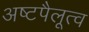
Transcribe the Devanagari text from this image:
अष्टपैलूत्व